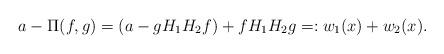
LaTeX: \begin{align*} a - \Pi(f,g)& = \left( a - g H_1H_2 f \right) +f H_1H_2 g =:w_1(x) +w_2(x). \end{align*}